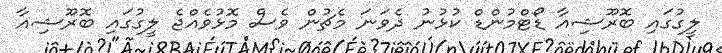
ލީގުގައި ބޮރޫޝިއާ ޑޯޓްމުންޑް ކުޅުނު ދެވަނަ މެޗުން ވެސް މޮޅުވެއްޖެ ލީގުގައި ބޮރޫޝިއާ